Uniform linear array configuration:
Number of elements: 8
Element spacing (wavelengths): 0.5
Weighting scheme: kaiser
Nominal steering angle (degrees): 15
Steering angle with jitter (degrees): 15.195
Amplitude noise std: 0.05
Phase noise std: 0.05

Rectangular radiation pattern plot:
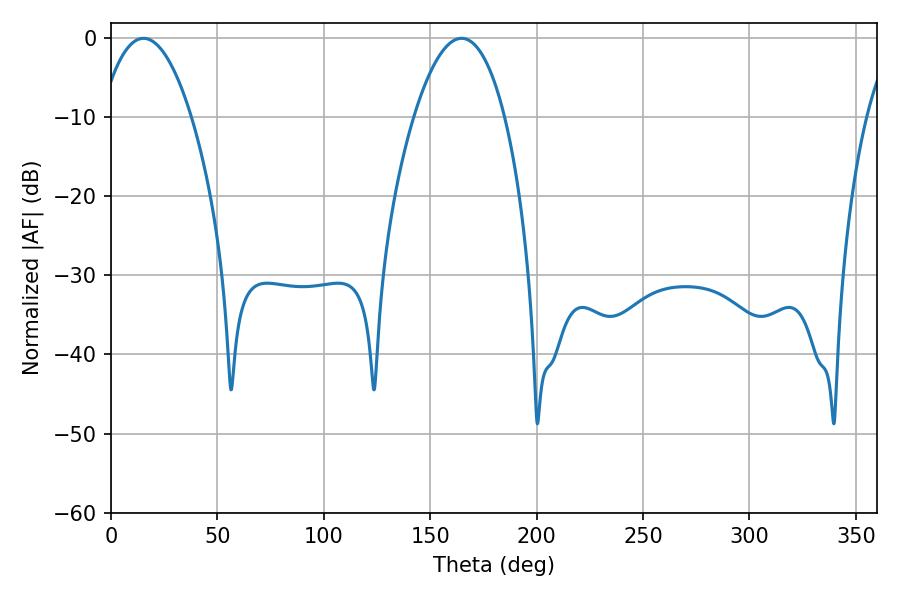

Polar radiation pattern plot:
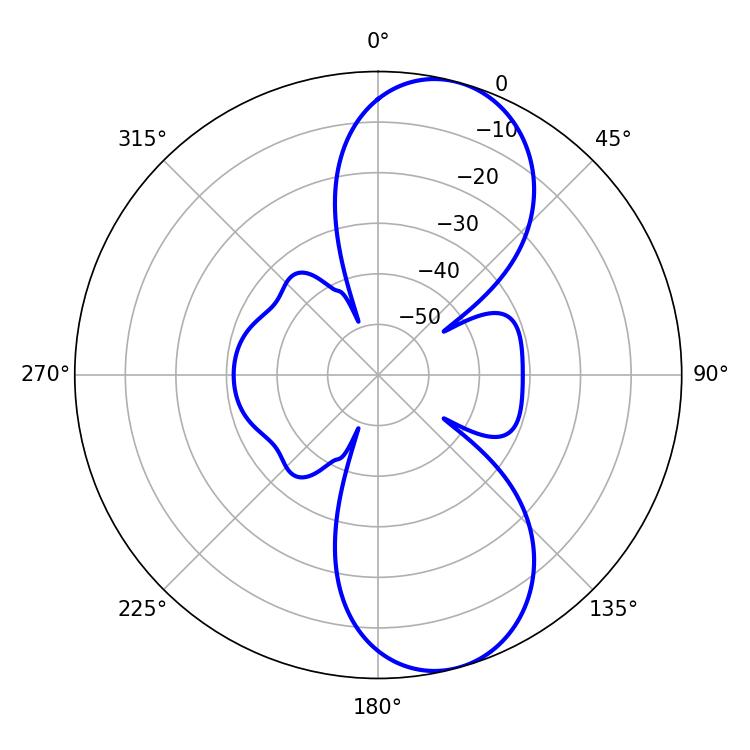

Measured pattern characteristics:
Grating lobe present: FALSE
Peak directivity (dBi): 9.242
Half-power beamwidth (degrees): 23.58
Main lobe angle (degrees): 15.3